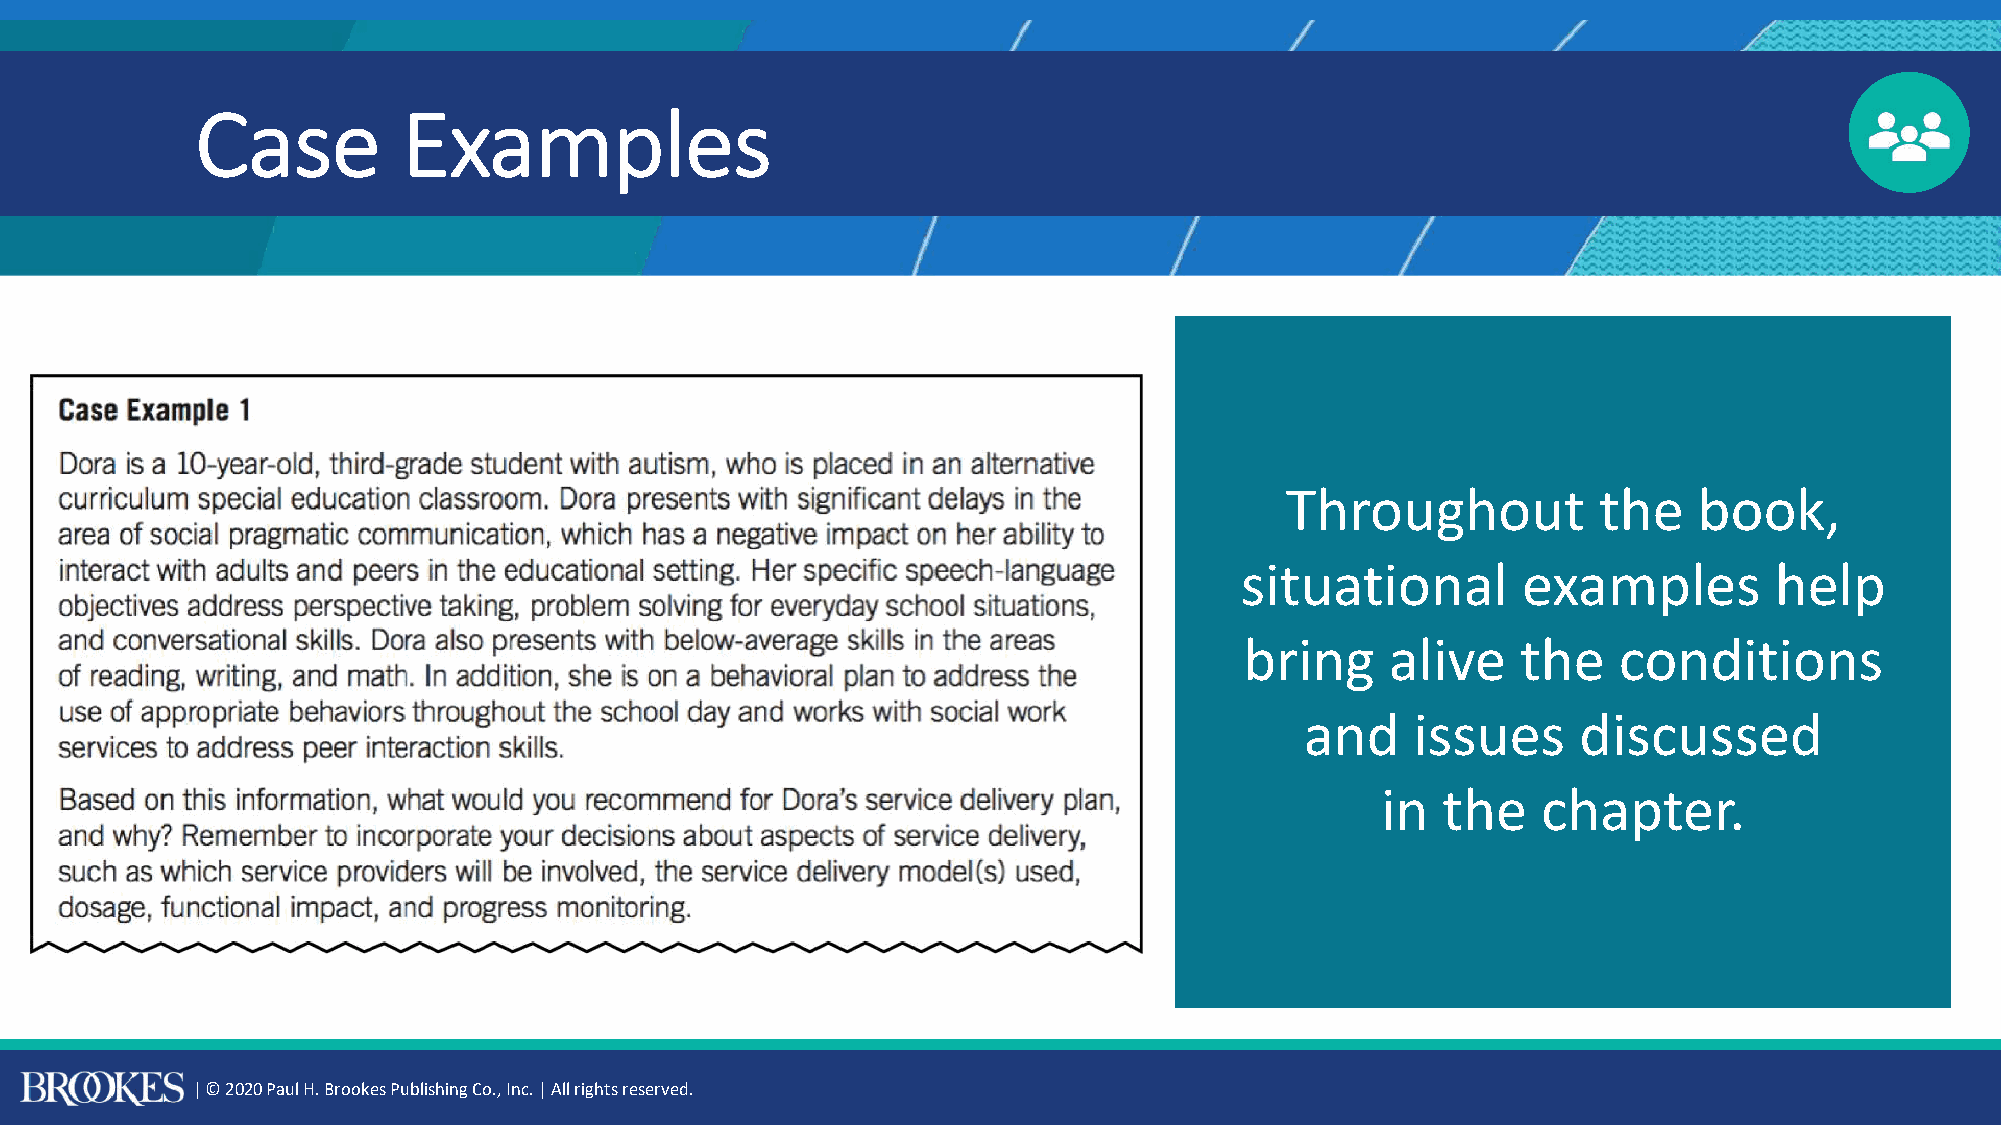
Case          Examples
 Throughout           the   book,
 situational        examples        help
 bring     alive    the   conditions
 and     issues     discussed
 in  the    chapter.
 | © 2020 Paul H. Brookes Publishing Co., Inc. | All rights reserved.